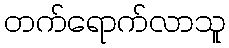
တက်ရောက်လာသူ